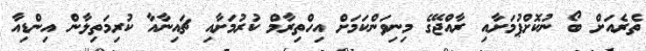
ތެރެއަށް ބޯ ނުކޮށްޕުމަށާއި ރާއްޖޭގެ މިނިވަންކަމަށް އިހްތިރާމް ކުރުމަށާއި ޗައިނާއާ ކުރިމަތިލާން އިންޑިއާ